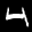
Label: 4